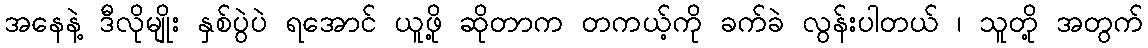
အနေနဲ့ ဒီလိုမျိုး နှစ်ပွဲပဲ ရအောင် ယူဖို့ ဆိုတာက တကယ့်ကို ခက်ခဲ လွန်းပါတယ် ၊ သူတို့ အတွက်